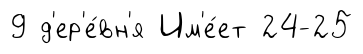
9 д'ер'е́вн'я Им'е́ет 24-25